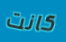
كانت